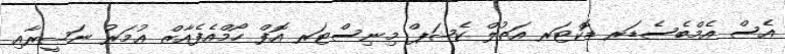
އެސް އެމްބެސެޑަރ ޑޮކްޓަރ އަތުލް ކެޝަޕް މިނިސްޓަރ އޮފް ހޯމްއެފެއާޒް ޢުމަރު ނަޞީރާއި